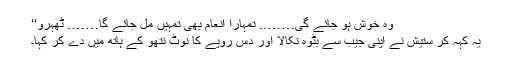
وہ خوش ہو جائے گی…….. تمہارا انعام بھی تمہیں مل جائے گا……. ٹھہرو‘‘
یہ کہہ کر ستیش نے اپنی جیب سے بٹوہ نکالا اور دس روپے کا نوٹ نتھو کے ہاتھ میں دے کر کہا۔